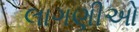
લાગણીઓ